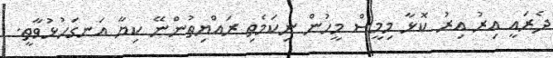
ދެރައީ އިރު އިރު ކޮޅާ މިމީސް މީހުން ނިކަމެތި ރައްޔިތުންނޭ ކިޔާ އަނގަހުޅުވާތީ.